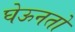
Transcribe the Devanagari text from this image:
घेऊनतो